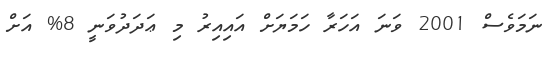
ނަމަވެސް 2001 ވަނަ އަހަރާ ހަމަޔަށް އައިއިރު މި ޢަދަދުވަނީ 8% އަށް